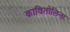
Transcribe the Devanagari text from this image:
कावितोलिना